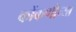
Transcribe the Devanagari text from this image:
कोंकणीच्या